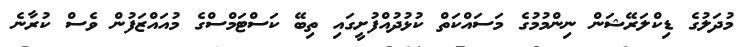
މުދަލުގެ ޑިކްލަރޭޝަން ނިންމުމުގެ މަސައްކަތް ކުޅުދުއްފުށީގައި ތިބޭ ކަސްޓަމްސްގެ މުއައްޒަފުން ވެސް ކުރާނެ